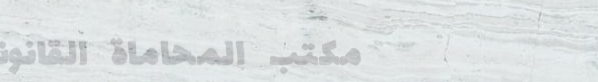
مكتب المحاماة القانوني